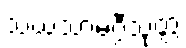
သံဃသာမဂ္ဂီသုတ္တံ